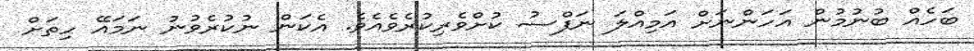
ބަހެއް ބުނުމުން އަހަންނަށް އަމިއްލަ ނަފްސު ކުށްވެރިކުރެވެއެވެ. އެކަން ނުކުރެވުނު ނަމައޭ ހިތަށް